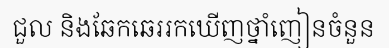
ជួល និងឆែកឆេររកឃើញថ្នាំញៀនចំនួន